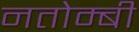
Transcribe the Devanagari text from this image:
नतोम्बी